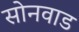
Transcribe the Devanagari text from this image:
सोनवाड